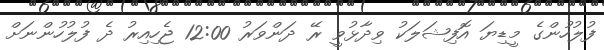
ފުލުހުންގެ މީޑިޔަ އޮފިޝަލަކު ވިދާޅުވީ ރޭ ދަންވަރު 12:00 ޖެހިއިރު ދެ ފުލުހުންނަށް